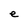
Character: e